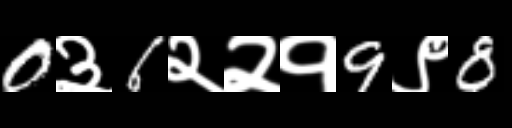
Text: 0३6२२१9९8